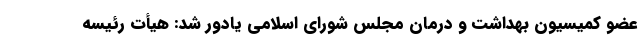
عضو کمیسیون بهداشت و درمان مجلس شورای اسلامی یادور شد: هیأت رئیسه